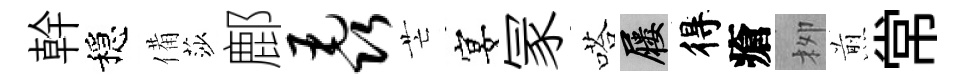
幹穩備莎鄜毳芒宴冡嗒屨得瘡栁煎常